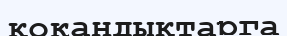
қокандықтарга